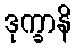
ဒုက္ခာနိ